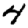
Digit: 4